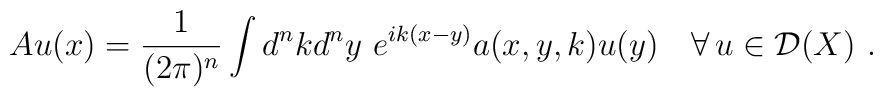
Au(x)=\frac{1}{(2 \pi)^n}\int d^nkd^ny\,\,e^{ik(x-y)}a(x,y,k){u}(y) \quad \forall\,u \in {\cal D}(X)\,\,.